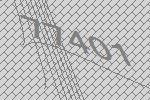
77401